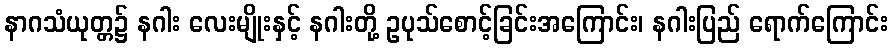
နာဂသံယုတ္တ၌ နဂါး လေးမျိုးနှင့် နဂါးတို့ ဥပုသ်စောင့်ခြင်းအကြောင်း၊ နဂါးပြည် ရောက်ကြောင်း